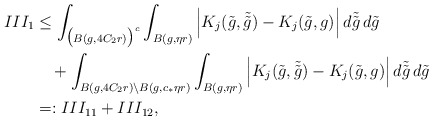
\begin{align*}III_1&\leq \int_{\big( B(g, 4 C_2 r) \big)^c} \int_{B(g,\eta r)}\Big|K_j(\tilde g,\tilde{\tilde g})-K_j(\tilde g,g)\Big| \, d\tilde{\tilde g} \,d\tilde g\\&\quad+ \int_{B(g, 4 C_2 r) \backslash B(g, c_* \eta r)} \int_{B(g,\eta r)}\Big|K_j(\tilde g,\tilde{\tilde g})-K_j(\tilde g,g)\Big| \, d\tilde{\tilde g} \,d\tilde g\\&=: III_{11}+III_{12},\end{align*}